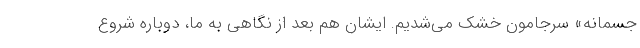
جسمانه» سرجامون خشک می‌شدیم. ایشان هم بعد از نگاهی به ما، دوباره شروع